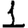
Digit: 1